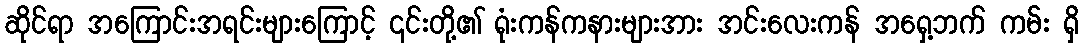
ဆိုင်ရာ အကြောင်းအရင်းများကြောင့် ၎င်းတို့၏ ရုံးကန်ကနားများအား အင်းလေးကန် အရှေ့ဘက် ကမ်း ရှိ